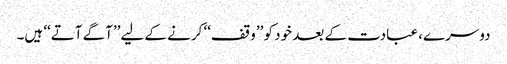
دوسرے، عبادت کے بعد خود کو ’’وقف‘‘ کرنے کے لیے’’آگے آتے‘‘ ہیں۔